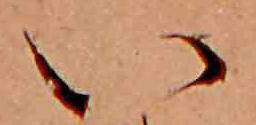
い